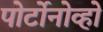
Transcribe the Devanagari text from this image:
पोर्टोनोव्हो